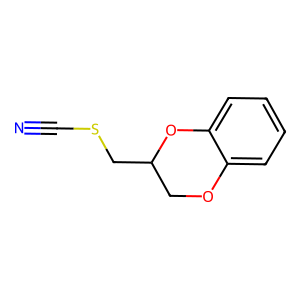
SMILES: N#CSCC1COc2ccccc2O1
Inhibits HIV replication: No